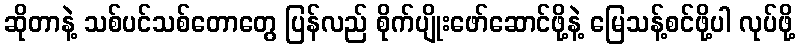
ဆိုတာနဲ့ သစ်ပင်သစ်တောတွေ ပြန်လည် စိုက်ပျိုးဖော်ဆောင်ဖို့နဲ့ မြေသန့်စင်ဖို့ပါ လုပ်ဖို့